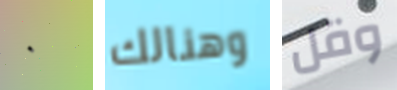
٠ وهنالك وقل